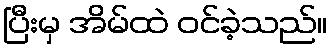
ပြီးမှ အိမ်ထဲ ဝင်ခဲ့သည်။